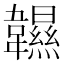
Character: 𩏰